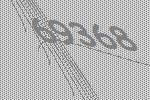
69368